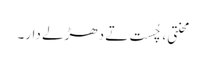
محنتی، چُست تے دھڑلے دار۔